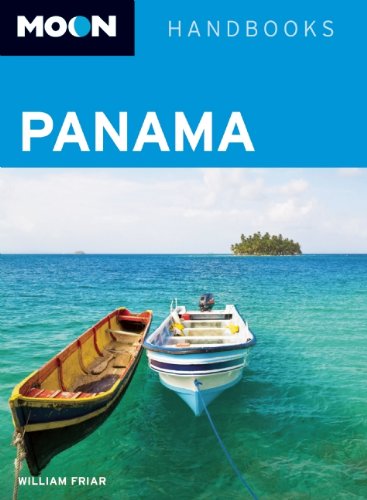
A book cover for Moon Panama (Moon Handbooks); William Friar; Travel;